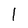
Character: 1